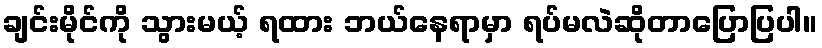
ချင်းမိုင်ကို သွားမယ့် ရထား ဘယ်နေရာမှာ ရပ်မလဲဆိုတာပြောပြပါ။